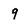
Character: q